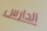
الحارس